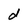
Character: d